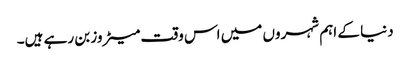
دنیا کے اہم شہروں میں اس وقت میٹروز بن رہے ہیں۔